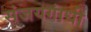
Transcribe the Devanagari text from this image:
संजयगांधी